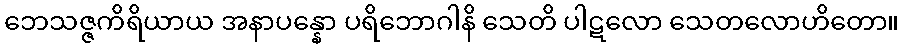
ဘေသဇ္ဇကိရိယာယ အနာပန္နော ပရိဘောဂါနိ သေတိ ပါဋလော သေတလောဟိတော။